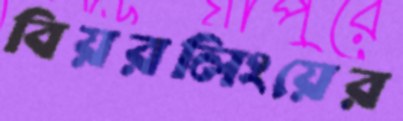
বিয়রলিংয়ের